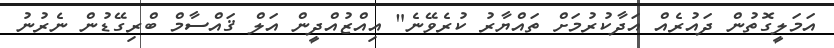
އަމަލީގޮތުން ދައުރެއް އަދާކުރުމަށް ތައްޔާރު ކުރެވޭނެ" އިއްޒުއްދީން އަލް ޤައްސާމް ބްރިގޭޑުން ނެރުނު